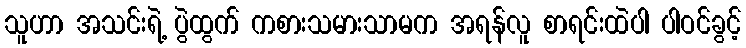
သူဟာ အသင်းရဲ့ ပွဲထွက် ကစားသမားသာမက အရန်လူ စာရင်းထဲပါ ပါဝင်ခွင့်